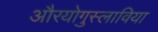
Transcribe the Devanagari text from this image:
औरयोगुस्लाविया